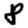
Digit: 8